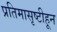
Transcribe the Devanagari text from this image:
प्रतिमासृष्टीहून